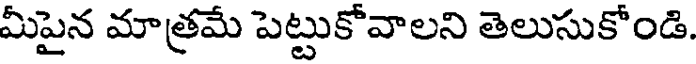
మీపైన మాత్రమే పెట్టుకోవాలని తెలుసుకోండి.